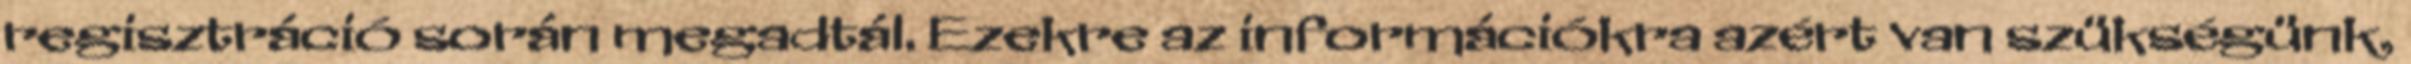
regisztráció során megadtál. Ezekre az információkra azért van szükségünk,